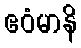
ဧဝံမာနိ